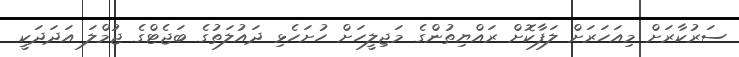
ސަރުކާރަށް މިއަހަރަށް ލަފާކޮށް ރައްޔިތުންގެ މަޖިލީހަށް ހުށަހެޅި ދައުލަތުގެ ބަޖެޓްގެ ޖުމްލަ އަދަދަކީ